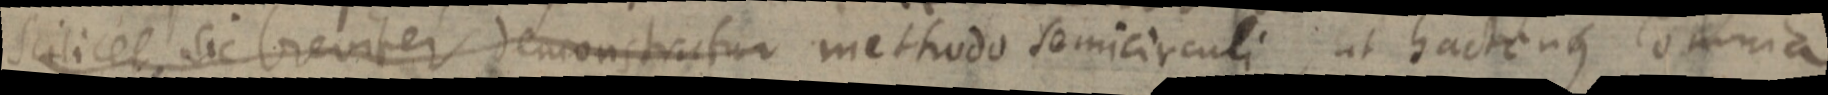
scilicet sic breviter demonstratur methodo semicirculi, ut hactenus omnia